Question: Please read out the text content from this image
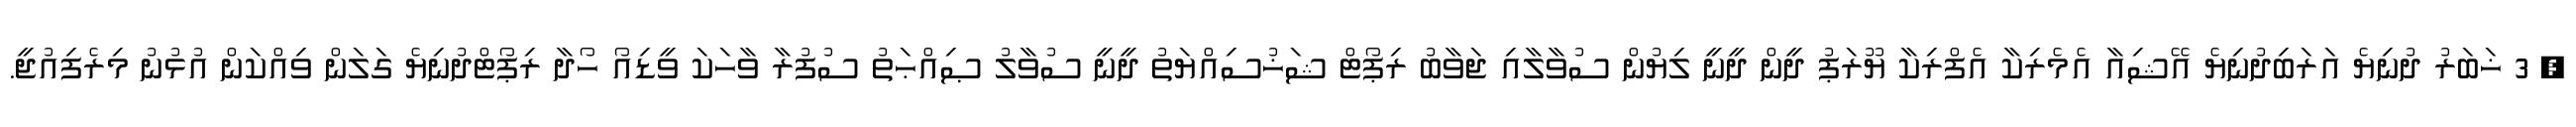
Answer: ? 3 ޚަބަރު ދުނިޔެ އަރަބިދުނިޔެ އޭޝިއާ އެމެރިކާ އެފްރިކާ ޔޫރަޕު ދީން ދީނީ ލިޔުން ސުވާލާއި ޖަވާބު ރިޕޯޓް ޝަޚުސިއްޔަތު ދީނީ ސުވާލު ޞިއްޙަތު ސުފުރާ ވާހަކަ ވީޑިއޯ ހޯދާ ރިޕޯޓްދުނިޔެ ގަލަން ވިއްކަން އުޅުނު މިރެފިއުޖީ.